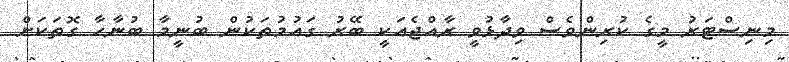
މިނިސްޓަރު މީގެ ކުރިންވެސް ވިދާޅުވީ ރާއްޖެއަކީ ބޭރު ގައުމުތަކުން ބުނީމާ ބުނާހާ ގޮތަކަށް